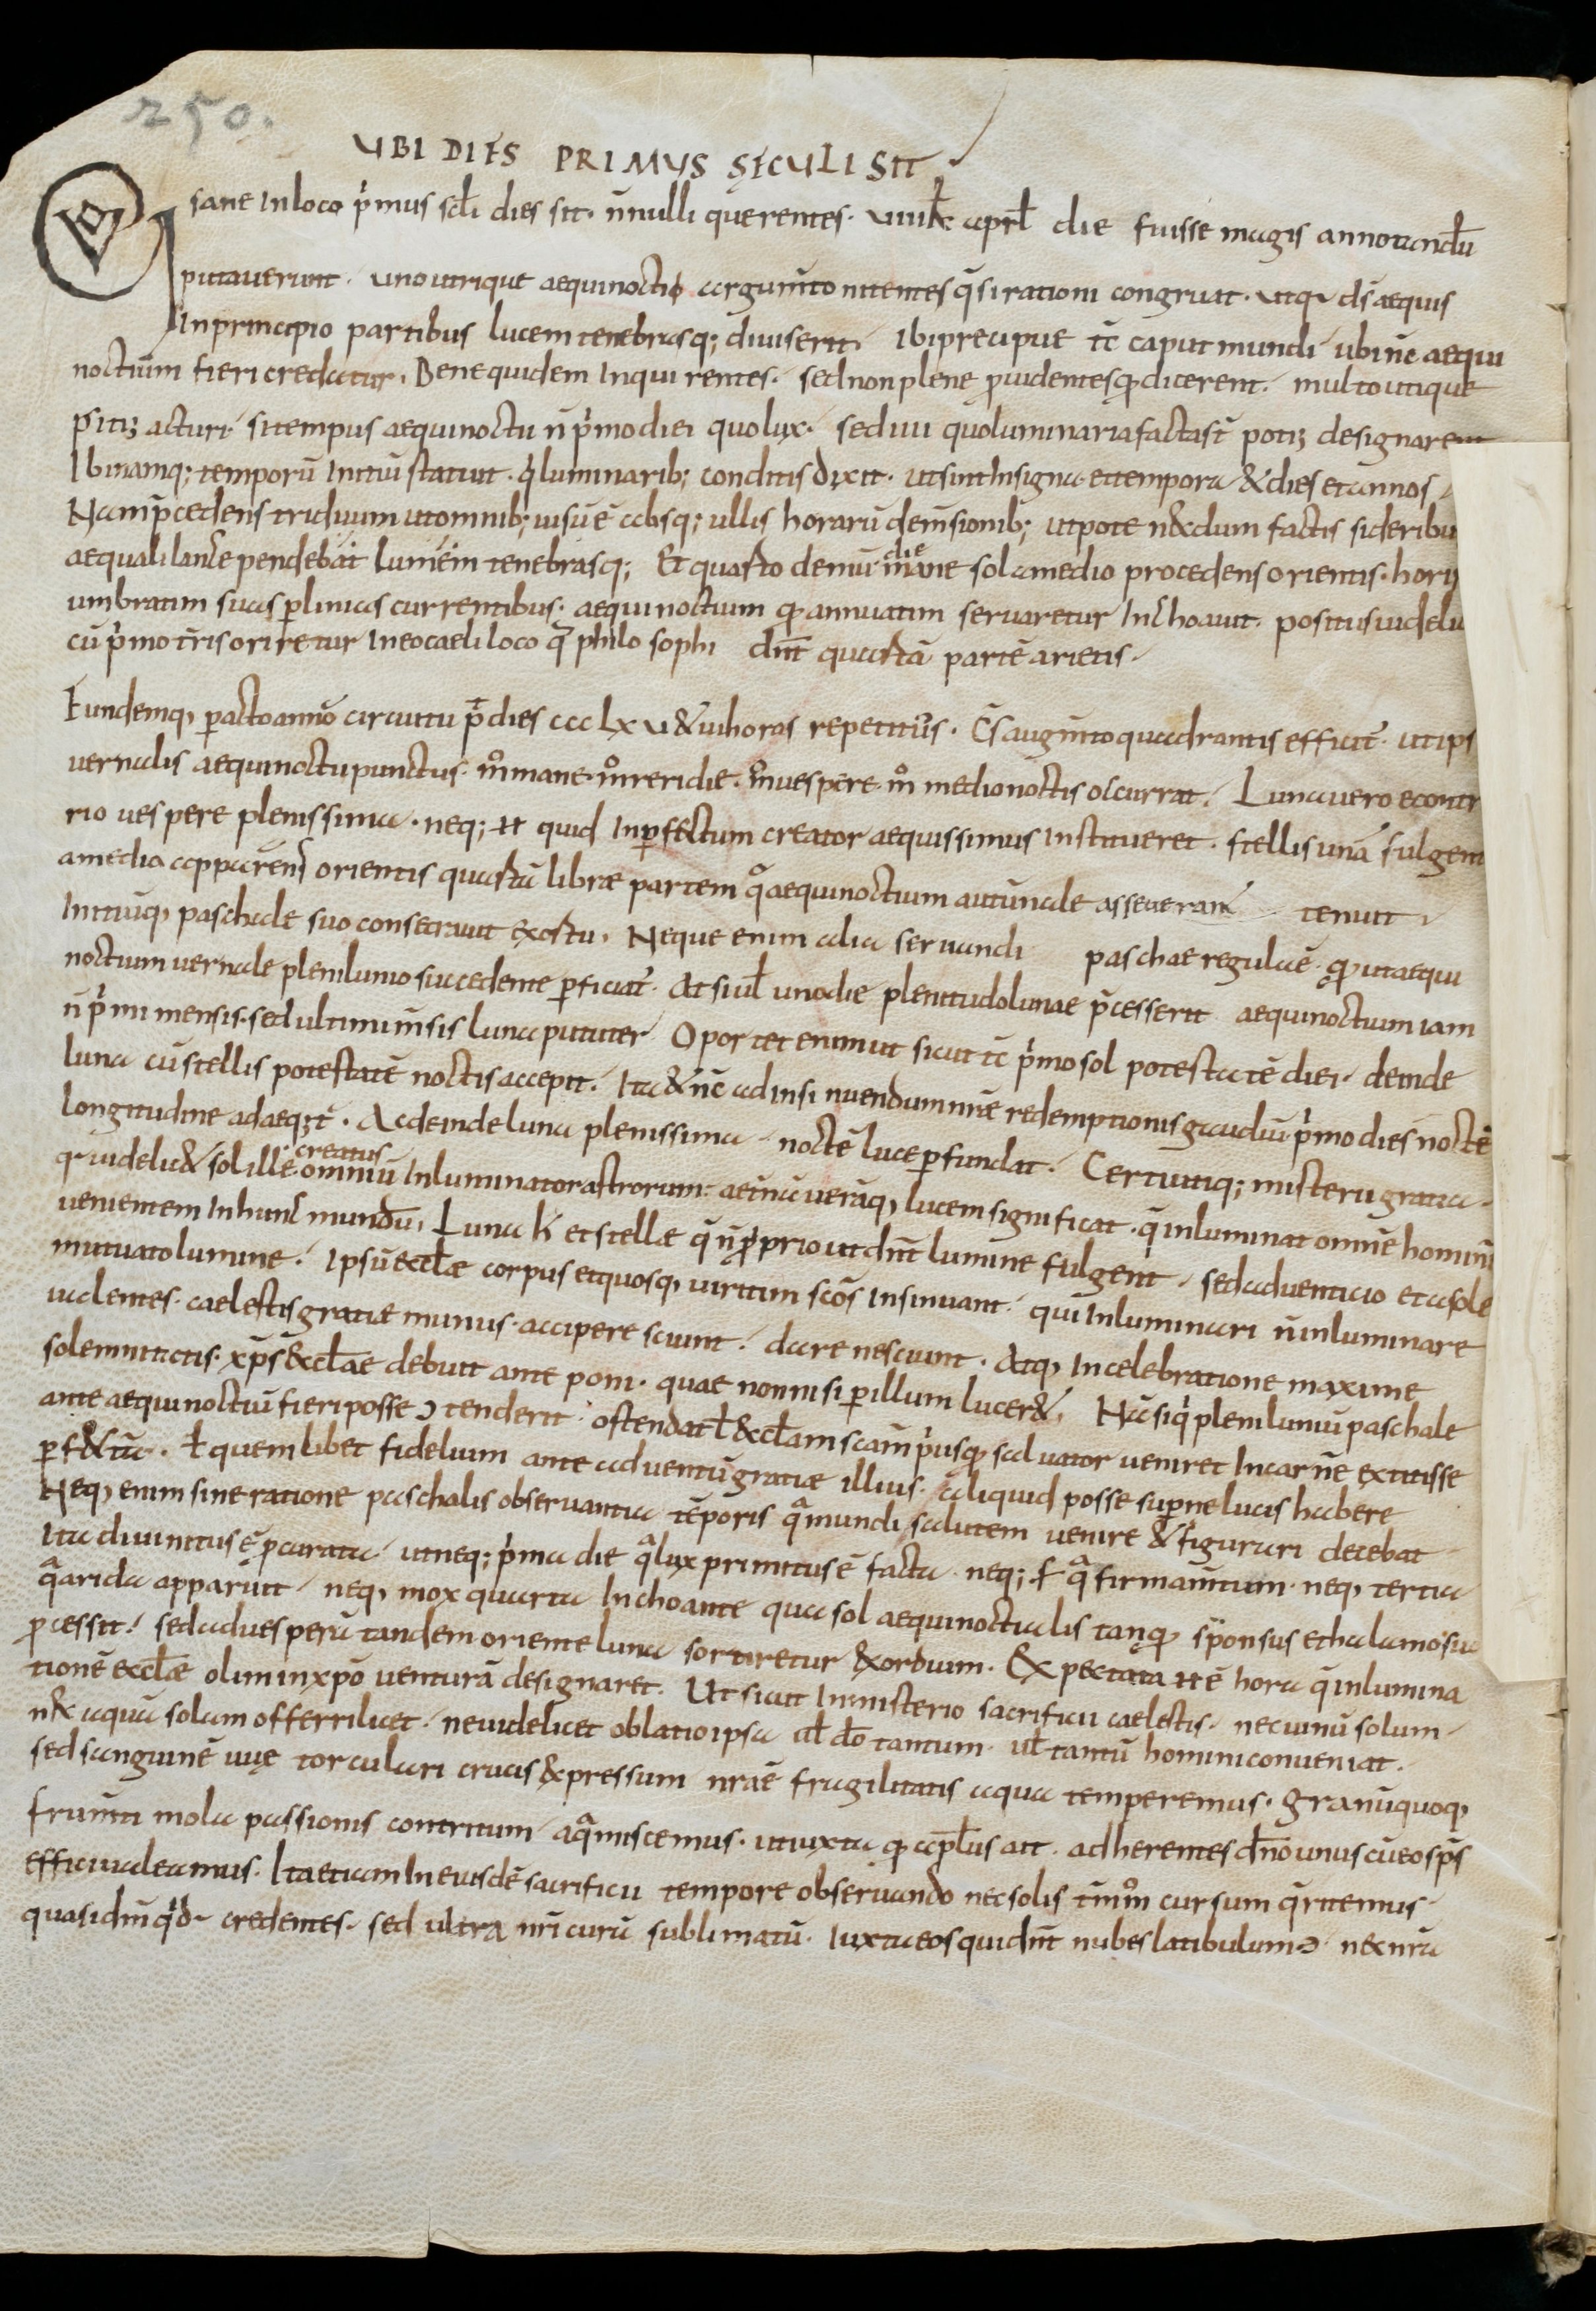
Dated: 900–1099